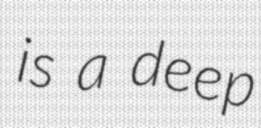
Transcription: is a deep